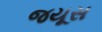
જયૂસ